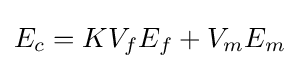
E_{c}=KV_{f}E_{f}+V_{m}E_{m}